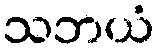
သဘယံ